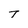
Character: T